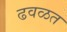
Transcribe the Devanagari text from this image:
ढवळत